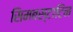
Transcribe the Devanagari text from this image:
सिमबस्टाटिन